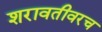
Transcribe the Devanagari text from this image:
शरावतीवरच